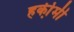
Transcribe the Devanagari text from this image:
हकी़मी